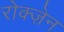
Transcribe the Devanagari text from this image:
रोक्ज़ेन